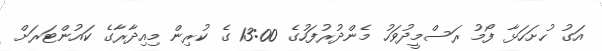
އަގު ހުށަހަޅާ ފޯމު ރަސްމީދުވަހު މެންދުރުފަހުގެ 13:00 ގެ ކުރިން މިއިދާރާގެ ކައުންޓަރަށް